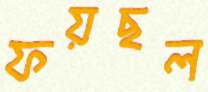
ফয়ছল